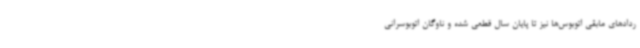
ردادهای مابقی اتوبوس‌ها نیز تا پایان سال قطعی شده و ناوگان اتوبوسرانی